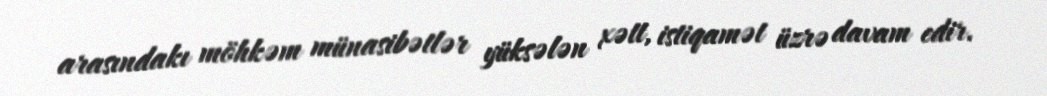
arasındakı möhkəm münasibətlər yüksələn xətt, istiqamət üzrə davam edir.